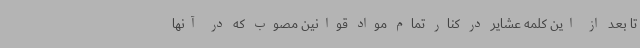
تا بعد از این کلمه عشایر در کنار تمام مواد قوانین مصوب که در آنها